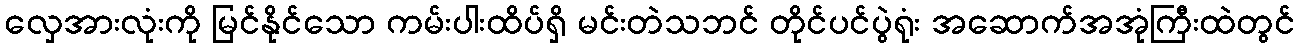
လှေအားလုံးကို မြင်နိုင်သော ကမ်းပါးထိပ်ရှိ မင်းတဲသဘင် တိုင်ပင်ပွဲရုံး အဆောက်အအုံကြီးထဲတွင်